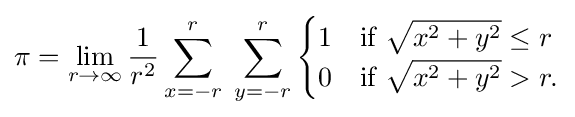
\pi =\lim _{r\to \infty }{\frac {1}{r^{2}}}\sum _{x=-r}^{r}\;\sum _{y=-r}^{r}{\begin{cases}1&{\text{if }}{\sqrt {x^{2}+y^{2}}}\leq r\\0&{\text{if }}{\sqrt {x^{2}+y^{2}}}>r.\end{cases}}